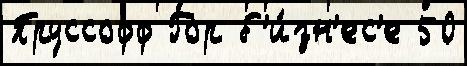
Пруссофф Гор б'и́зн'ес'е 50